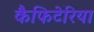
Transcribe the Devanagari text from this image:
कैफिटेरिया